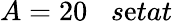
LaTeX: A=20\; \; \; s\mathrm{e}tat